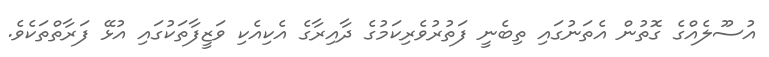
އުސޫލެއްގެ ގޮތުން އެތަނުގައި ތިބެނީ ފަތުރުވެރިކަމުގެ ދާއިރާގެ އެކިއެކި ވަޒީފާތަކުގައި އުޅޭ ފަރާތްތަކެވެ.